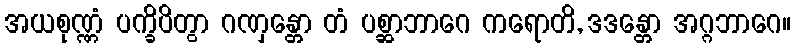
အယစုဏ္ဏံ ပက္ခိပိတွာ ဂဏှန္တော တံ ပစ္ဆာဘာဂေ ကရောတိ, ဒဒန္တော အဂ္ဂဘာဂေ။